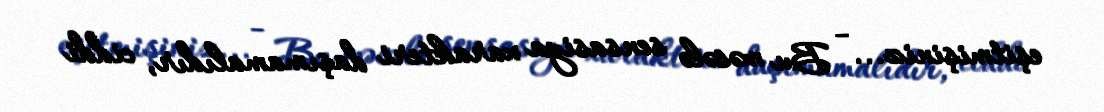
eşitmişiniz... - Bu məsələ sensasiya xarakteri daşımamalıdır, ciddi